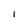
Character: 1